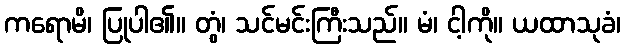
ကရောမိ၊ ပြုပါ၏။ တွံ၊ သင်မင်းကြီးသည်။ မံ၊ ငါ့ကို။ ယထာသုခံ၊